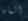
الماما